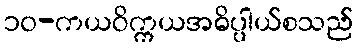
၁၀-ကယဝိက္ကယအဓိပ္ပါယ်စသည်